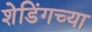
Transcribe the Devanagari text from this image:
शेडिंगच्या